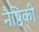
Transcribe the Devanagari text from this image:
नैष्ठिकी